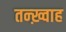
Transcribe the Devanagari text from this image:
तन्ख़्वाह